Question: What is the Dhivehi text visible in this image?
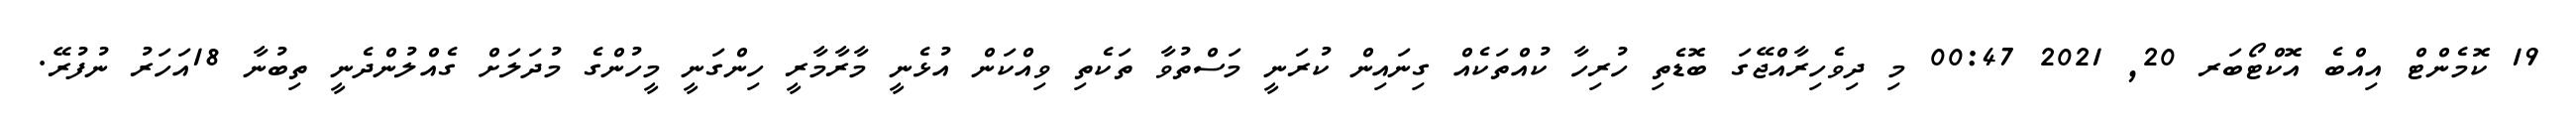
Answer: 19 ކޮމެންޓް އިއްބެ އޮކްޓޯބަރ 20, 2021 00:47 މި ދިވެހިރާއްޖޭގަ ބޮޑެތި ހުރިހާ ކުއްތަކެއް ގިނައިން ކުރަނީ މަސްތުވާ ތަކެތި ވިއްކަން އުޅެނީ މާރާމާރީ ހިންގަނީ މީހުންގެ މުދަލަށް ގެއްލުންދެނީ ތިބުނާ 18އަހަރު ނުފުރޭ.